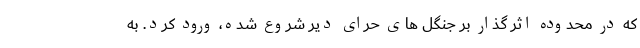
که در محدوده اثر گذار بر جنگل های حرای دیر شروع شده، ورود کرد. به